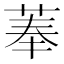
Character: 菶